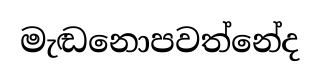
මැඬනොපවත්නේද